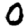
Digit: 0